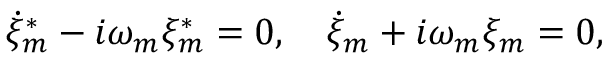
\dot { \xi } _ { m } ^ { \ast } - i \omega _ { m } \xi _ { m } ^ { \ast } = 0 , \quad \dot { \xi } _ { m } + i \omega _ { m } \xi _ { m } = 0 ,